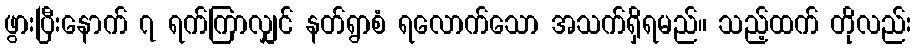
ဖွားပြီးနောက် ၇ ရက်ကြာလျှင် နတ်ရွာစံ ရလောက်သော အသက်ရှိရမည်။ သည့်ထက် တိုလည်း